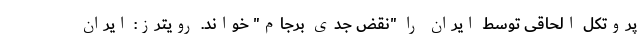
پروتکل الحاقی توسط ایران را "نقض جدی برجام" خواند. رویترز: ایران